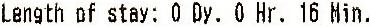
LENGTH OF STAY: 0 DY. 0 HR. 16 MIN.